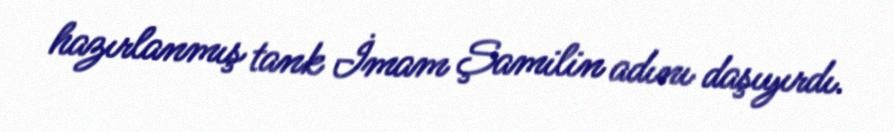
hazırlanmış tank İmam Şamilin adını daşıyırdı.